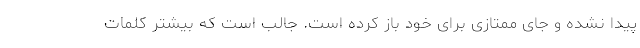
پیدا نشده و جای ممتازی برای خود باز کرده است. جالب است که بیشتر کلمات